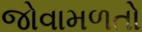
જોવામળતો